Vaccination in Bombay 1874-1876 - 1874-1876
Year: 1874
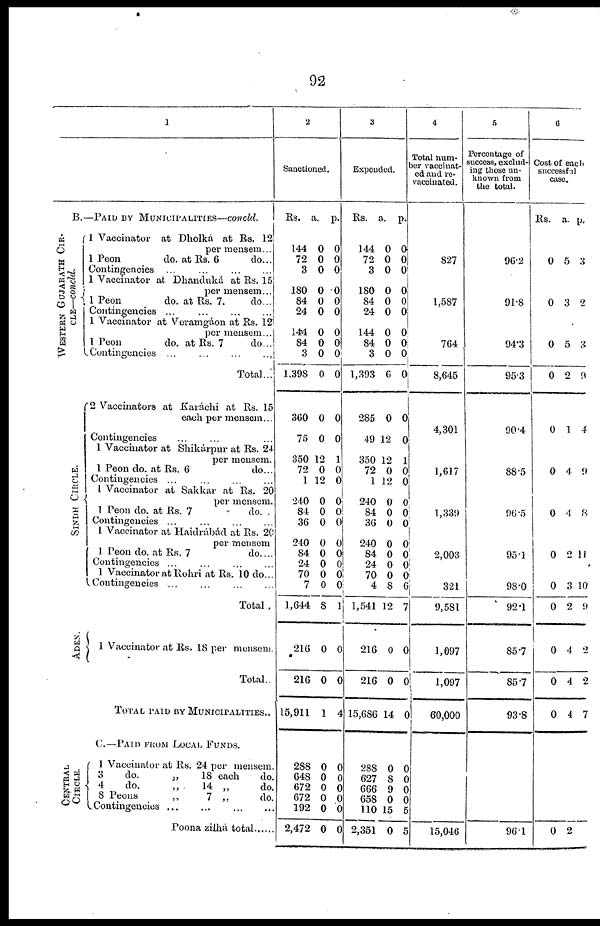
92
1
B.—PAID BY MUNICIPALITIES—concld.
WESTERN GUJARATH CIR¬
CLE—concld.
SINDH CIRCLE.
ADEN .
CENTRAL
CIRCLE.
1 Vaccinator at Dholká at Rs. 12
per mensem...
1 Peon
do. at Rs. 6
do...
Contingencies ...
...
...
...
1 Vaccinator at Dhanduká at Rs. 15
per mensem...
1 Peon
do. at Rs. 7.
do...
Contingencies ...
...
...
...
1 Vaccinator at Veramgáon at Rs. 12
per mensem...
1 Peon
do. at Rs. 7
do...
Contingencies ...
...
...
...
Total...
2 Vaccinators at Karáchi at Rs. 15
each per mensem...
Contingencies ... ... ...
1 Vaccinator at Shikárpur at Rs. 24
per mensem.
1 Peon do. at Rs. 6
do...
Contingencies ... ... ... ...
1 Vaccinator at Sakkar at Rs. 20
per mensem.
1 Peon do. at Rs. 7
do. .
Contingencies ... ... ... ...
1 Vaccinator at Haidrábád at Rs. 20
per mensem
1 Peon do. at Rs, 7
do. ...
Contingencies ... ... ... ...
1 Vaccinator at Rohri at Rs. 10 do...
Contingencies ...
...
...
...
Total .
1 Vaccinator at Rs. 18 per mensem.
Total..
TOTAL PAID BY MUNICIPALITIES..
C.—PAID FROM LOCAL FUNDS.
1 Vaccinator at Rs. 24 per mensem.
3
do.
„
18 each
do.
4
do.
„
14 „
do.
8 Peons
„
7 „
do.
Contingencies ... ... ... ...
Poona zilhá total......
2
Sanctioned.
Rs.
144
72
3
180
84
24
144
84
3
1,398
360
75
350
72
1
240
84
36
240
84
24
70
7
1,644
216
216
15,911
a.
0
0
0
0
0
0
0
0
0
0
0
0
12
0
12
0
0
0
0
0
0
0
0
8
0
0
1
p.
0
0
0
0
0
0
0
0
0
0
0
0
1
0
0
0
0 0
0
0
0
0
0
1
0
0
4
288
648
672
672
192
2,472
0
0
0
0
0
0
0
0
0
0
0
0
3
Expended.
Rs.
144
72
3
180
84
24
144
84
3
1,393
285
49
350
72
1
240
84
36
240
84
24
70
4
1,541
216
216
15,686
a.
0
0
0
0
0
0
0
0
0
6
0
12
12
0
12
0
0
0
0
0
0
0
8
12
0
0
14
p.
0
0 0
0
0
0
0
0
0
0
0
0
1
0
0
0
0
0
0
0
0 0
6
7
0
0
0
288
627
666
658
110
2,351
0
8
9
0
15
0
0
0
0
0
5
5
4
Total num¬
ber vaccinat¬
ed and re-
----inated.
827
1,587
764
8,645
4,301
1,617
1,339
2,003
321
9,581
1,097
1,097
60,000
15,046
5
Percentage of
success, exclud-
ing those un-
known from
the total.
96.2
91.8
94.3
95.3
90.4
88.5
96.5
95.1
98.0
92.1
85.7
85.7
93.8
96.1
6
Cost of each
successful
case.
Rs.
a. p.
0 5 3
0 3 2
0 5 3
0
0
2
1
9
4
0 4
9
0 4 8
0 2 11
0
0
0
0
0
0
2
4
4
4
10
9
2
2
7
0 2